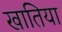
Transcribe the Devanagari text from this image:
खातिया